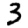
Digit: 3